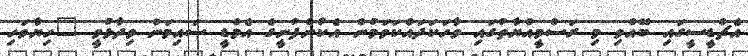
އެޗްޑީސީގައި ބޭއްވި މި ރަސްމީއްޔާތުގައި ވާހަކަދައްކަވަމުން އެކުންފުނީގެ އެމްޑީ ސައިމަން ވިދާޅުވީ "ހިޔާވަހި